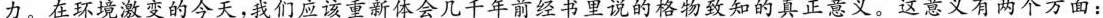
力。在环境激变的今天，我们应该重新体会几千年前经书里说的格物致知的真正意义。这意义有两个方面：